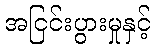
အငြင်းပွားမှုနှင့်